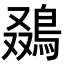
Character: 𬷒